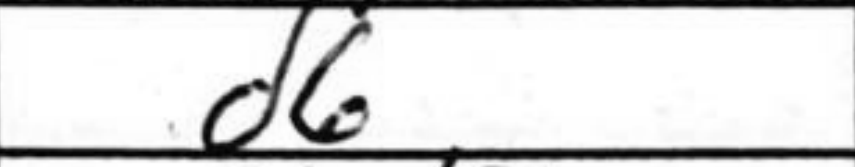
Transcription: d6